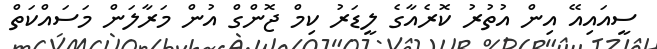
ސީއައިއޭ އިން އުތުރު ކޮރެއާގެ ލީޑަރު ކިމް ޖޮންގް އުން މަރާލަން މަސައްކަތް